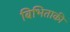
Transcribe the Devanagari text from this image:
बिभिताकी